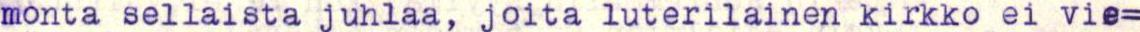
monta sellaista juhlaa, joita luterilainen kirkko ei vie=